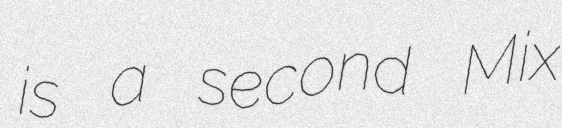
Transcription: is a second Mix